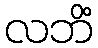
လဘိံ